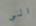
الى